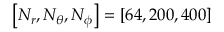
\left[ N _ { r } , N _ { \theta } , N _ { \phi } \right] = \left[ 6 4 , 2 0 0 , 4 0 0 \right]